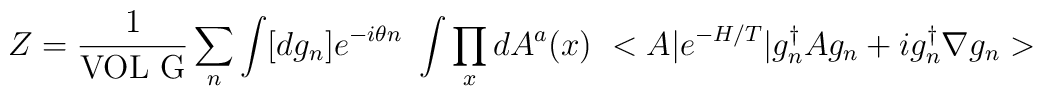
Z= \frac{1}{{\rm VOL~ G}}\sum_n\int [dg_n]e^{-i\theta n}~\int\prod_xdA^a(x)~<A\vert e^{-H/T}\vert g^{\dagger}_nAg_n+ig_n^{\dagger}\nabla g_n>